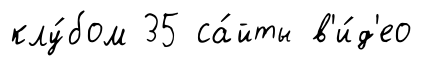
клу́бом 35 са́йты в'и́д'ео